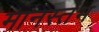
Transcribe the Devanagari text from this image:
मानस्तंभ